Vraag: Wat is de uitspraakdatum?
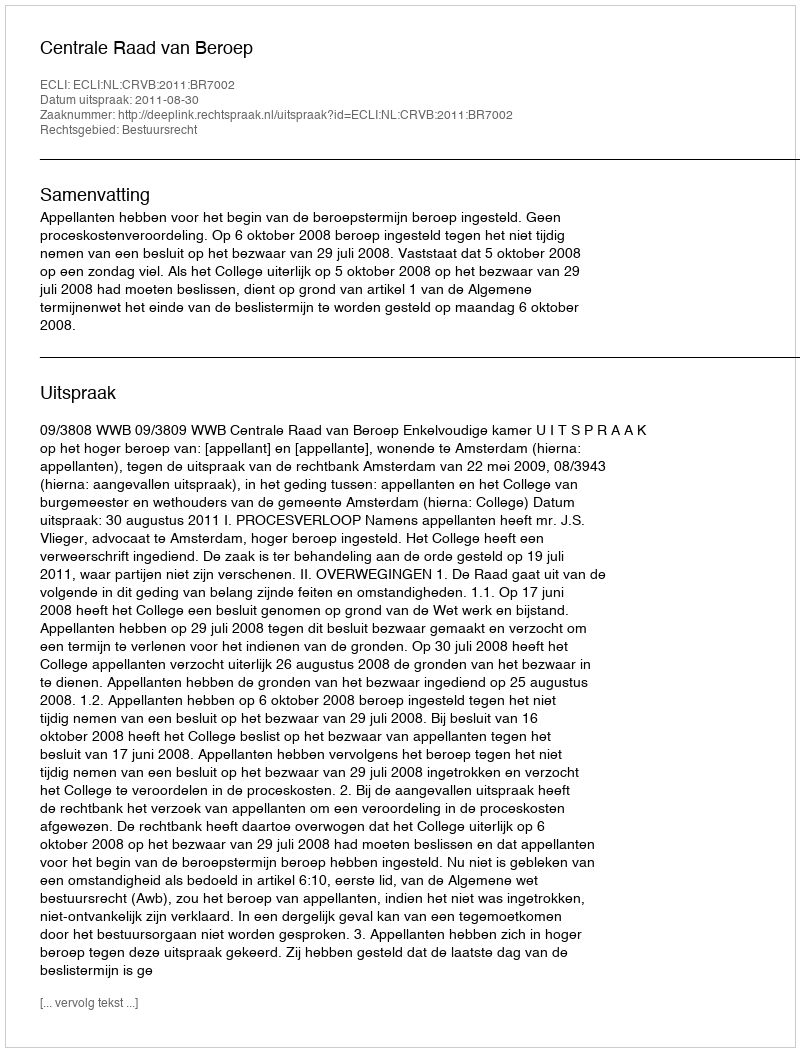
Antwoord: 2011-08-30